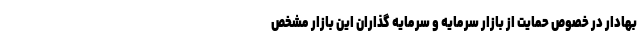
بهادار در خصوص حمایت از بازار سرمایه و سرمایه گذاران این بازار مشخص